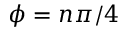
\phi = n \pi / 4